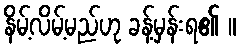
နိမ့်လိမ့်မည်ဟု ခန့်မှန်းရ၏ ။